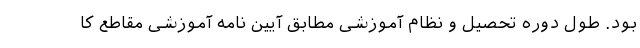
بود. طول دوره تحصیل و نظام آموزشی مطابق آیین نامه آموزشی مقاطع کا